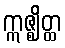
ဣဇ္ဈိတ္ထ